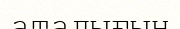
аталығын